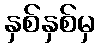
နှစ်နှစ်မှ